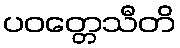
ပဝတ္တေသီတိ